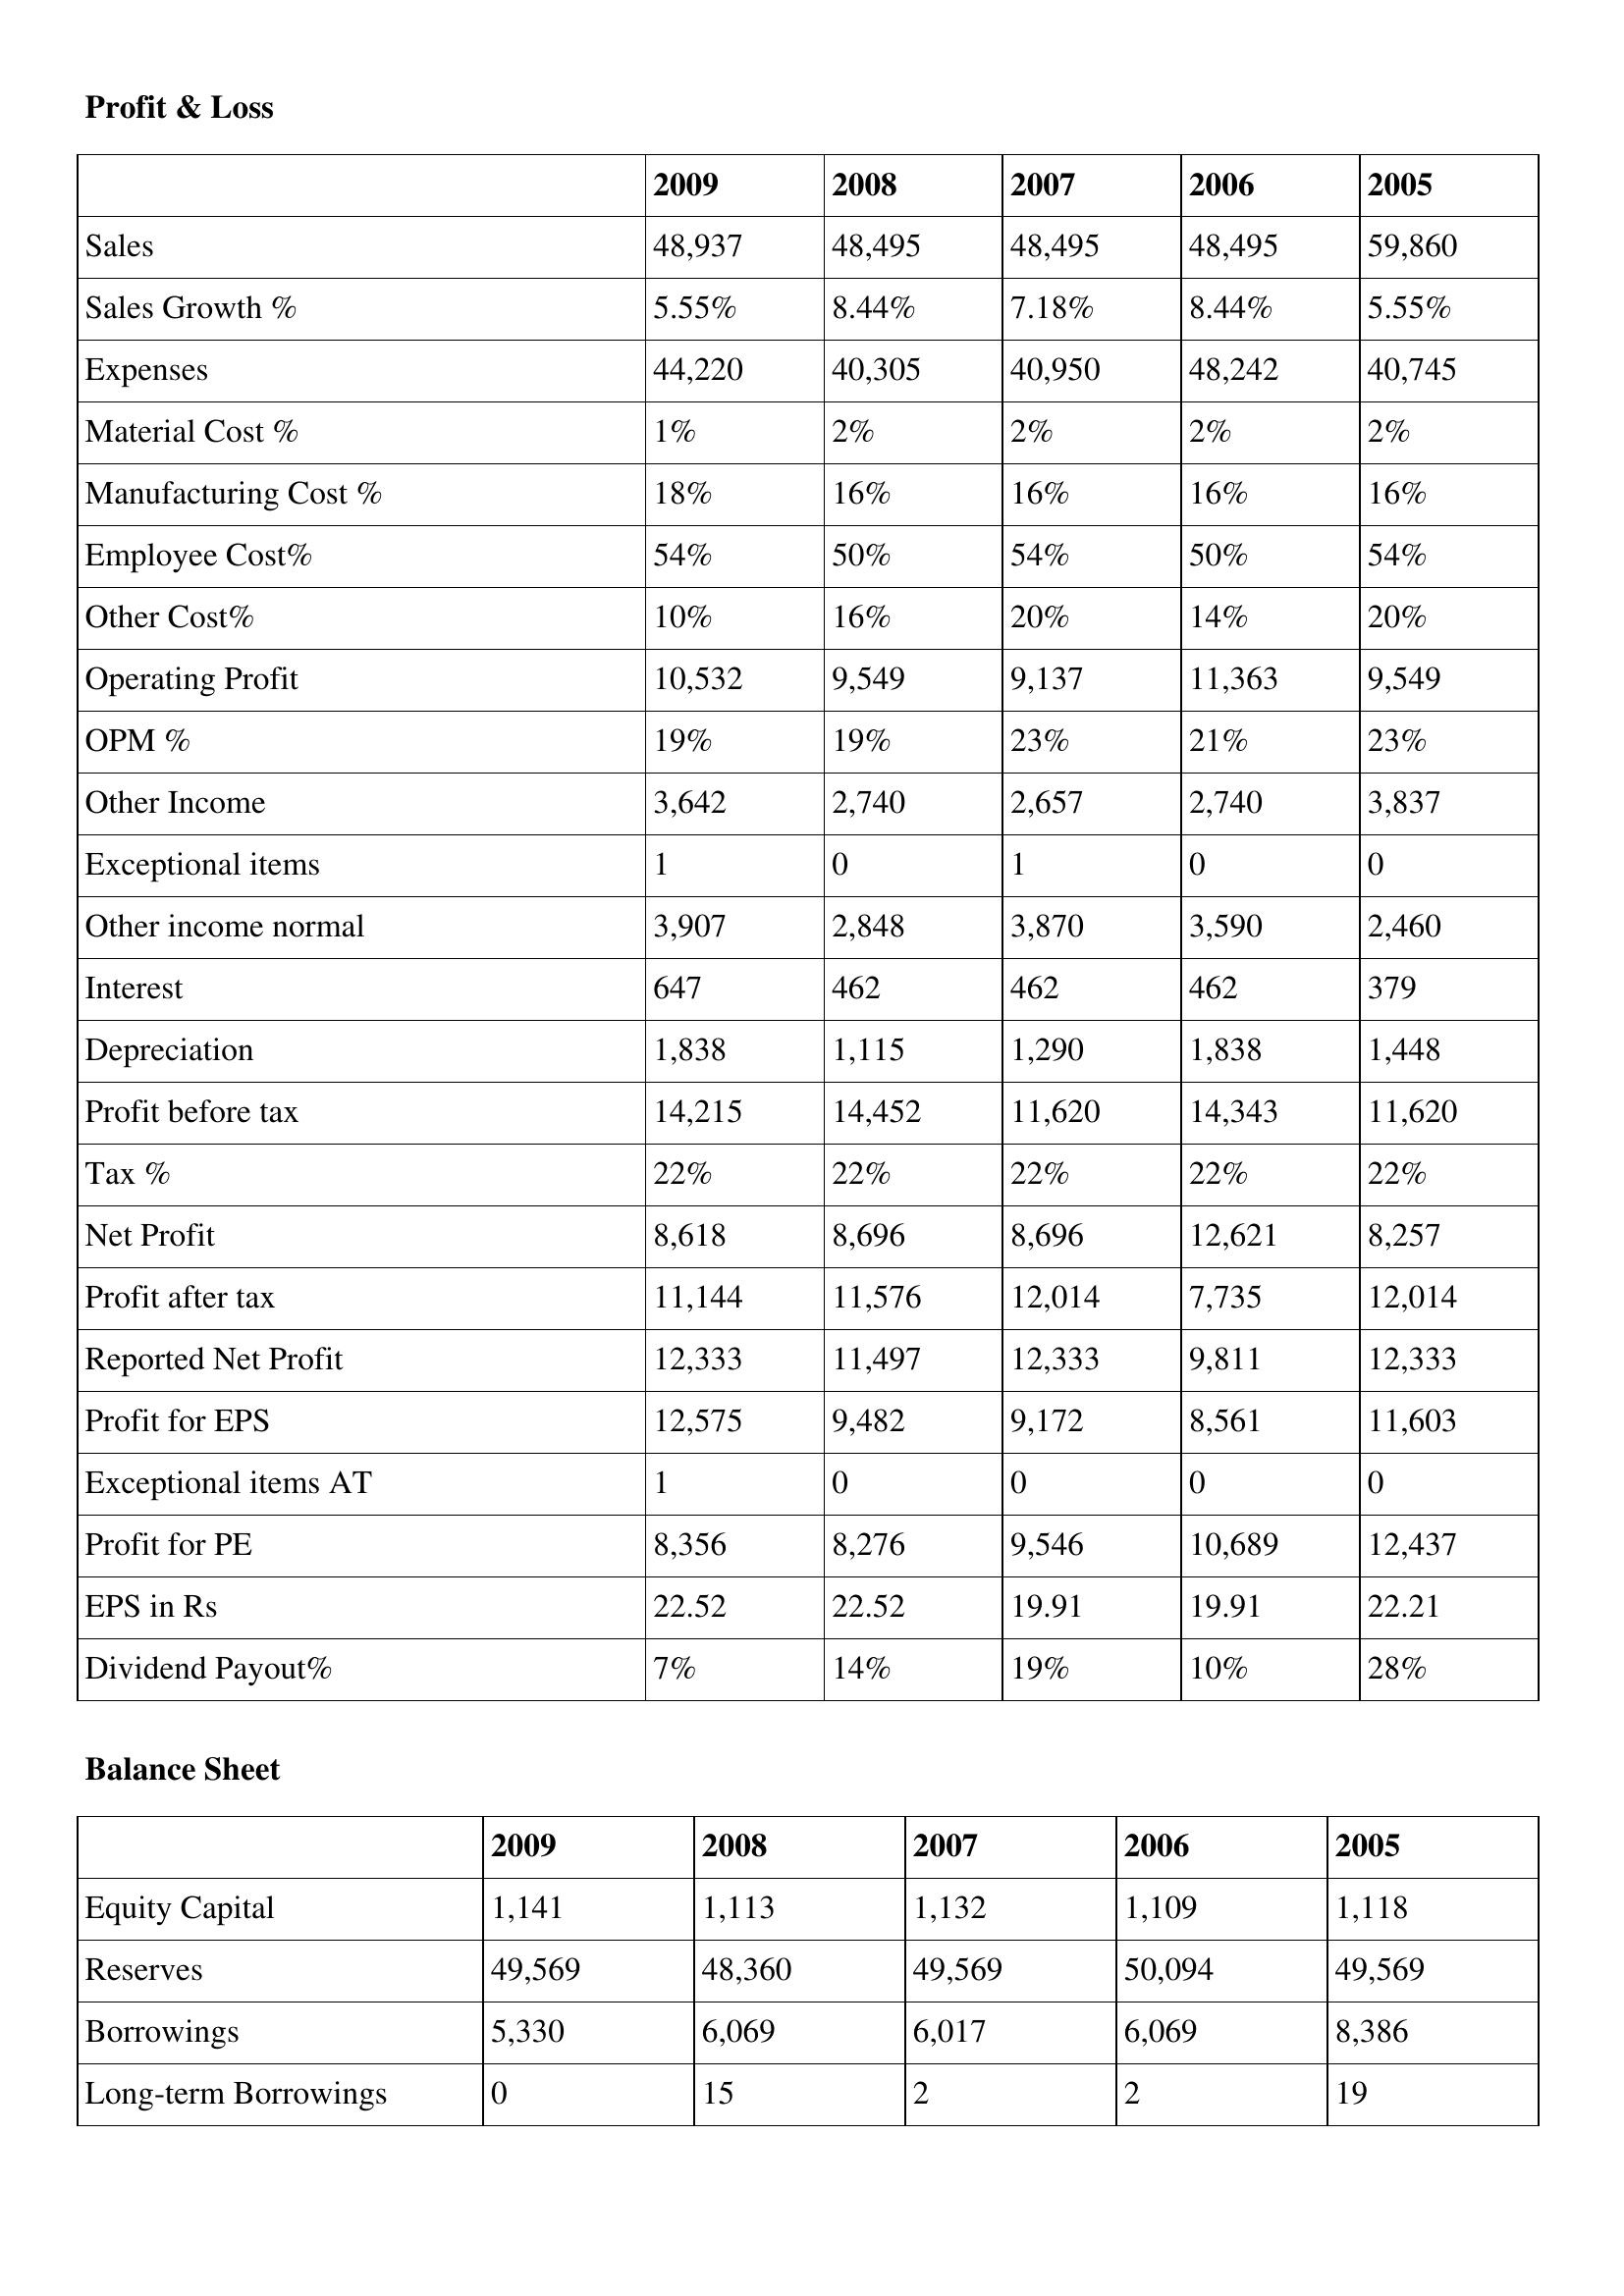
gt_parse: 2009: Profit & Loss: Sales: 48,937
Sales Growth %: 5.55%
Expenses: 44,220
Material Cost %: 1%
Manufacturing Cost %: 18%
Employee Cost%: 54%
Other Cost%: 10%
Operating Profit: 10,532
OPM %: 19%
Other Income: 3,642
Exceptional items: 1
Other income normal: 3,907
Interest: 647
Depreciation: 1,838
Profit before tax: 14,215
Tax %: 22%
Net Profit: 8,618
Profit after tax: 11,144
Reported Net Profit: 12,333
Profit for EPS: 12,575
Exceptional items AT: 1
Profit for PE: 8,356
EPS in Rs: 22.52
Dividend Payout%: 7%
Balance Sheet: Equity Capital: 1,141
Reserves: 49,569
Borrowings: 5,330
Long-term Borrowings: 0
2008: Profit & Loss: Sales: 48,495
Sales Growth %: 8.44%
Expenses: 40,305
Material Cost %: 2%
Manufacturing Cost %: 16%
Employee Cost%: 50%
Other Cost%: 16%
Operating Profit: 9,549
OPM %: 19%
Other Income: 2,740
Exceptional items: 0
Other income normal: 2,848
Interest: 462
Depreciation: 1,115
Profit before tax: 14,452
Tax %: 22%
Net Profit: 8,696
Profit after tax: 11,576
Reported Net Profit: 11,497
Profit for EPS: 9,482
Exceptional items AT: 0
Profit for PE: 8,276
EPS in Rs: 22.52
Dividend Payout%: 14%
Balance Sheet: Equity Capital: 1,113
Reserves: 48,360
Borrowings: 6,069
Long-term Borrowings: 15
2007: Profit & Loss: Sales: 48,495
Sales Growth %: 7.18%
Expenses: 40,950
Material Cost %: 2%
Manufacturing Cost %: 16%
Employee Cost%: 54%
Other Cost%: 20%
Operating Profit: 9,137
OPM %: 23%
Other Income: 2,657
Exceptional items: 1
Other income normal: 3,870
Interest: 462
Depreciation: 1,290
Profit before tax: 11,620
Tax %: 22%
Net Profit: 8,696
Profit after tax: 12,014
Reported Net Profit: 12,333
Profit for EPS: 9,172
Exceptional items AT: 0
Profit for PE: 9,546
EPS in Rs: 19.91
Dividend Payout%: 19%
Balance Sheet: Equity Capital: 1,132
Reserves: 49,569
Borrowings: 6,017
Long-term Borrowings: 2
2006: Profit & Loss: Sales: 48,495
Sales Growth %: 8.44%
Expenses: 48,242
Material Cost %: 2%
Manufacturing Cost %: 16%
Employee Cost%: 50%
Other Cost%: 14%
Operating Profit: 11,363
OPM %: 21%
Other Income: 2,740
Exceptional items: 0
Other income normal: 3,590
Interest: 462
Depreciation: 1,838
Profit before tax: 14,343
Tax %: 22%
Net Profit: 12,621
Profit after tax: 7,735
Reported Net Profit: 9,811
Profit for EPS: 8,561
Exceptional items AT: 0
Profit for PE: 10,689
EPS in Rs: 19.91
Dividend Payout%: 10%
Balance Sheet: Equity Capital: 1,109
Reserves: 50,094
Borrowings: 6,069
Long-term Borrowings: 2
2005: Profit & Loss: Sales: 59,860
Sales Growth %: 5.55%
Expenses: 40,745
Material Cost %: 2%
Manufacturing Cost %: 16%
Employee Cost%: 54%
Other Cost%: 20%
Operating Profit: 9,549
OPM %: 23%
Other Income: 3,837
Exceptional items: 0
Other income normal: 2,460
Interest: 379
Depreciation: 1,448
Profit before tax: 11,620
Tax %: 22%
Net Profit: 8,257
Profit after tax: 12,014
Reported Net Profit: 12,333
Profit for EPS: 11,603
Exceptional items AT: 0
Profit for PE: 12,437
EPS in Rs: 22.21
Dividend Payout%: 28%
Balance Sheet: Equity Capital: 1,118
Reserves: 49,569
Borrowings: 8,386
Long-term Borrowings: 19